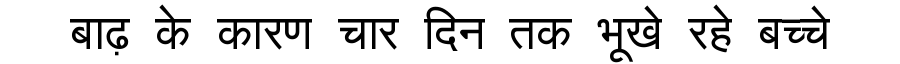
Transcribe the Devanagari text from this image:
बाढ़ के कारण चार दिन तक भूखे रहे बच्चे